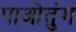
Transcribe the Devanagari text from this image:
पाओतुंग